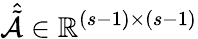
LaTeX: \hat{\tilde{\mathcal{A}}}\in\mathbb{R}^{(s-1)\times(s-1)}